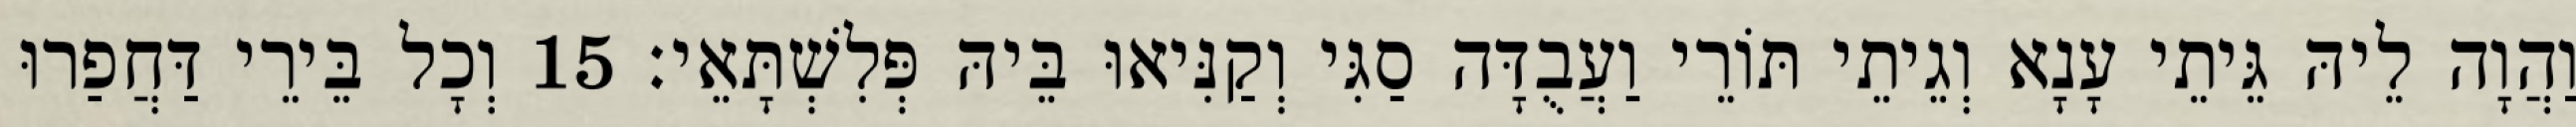
וַהֲוָה לֵיהּ גֵּיתֵי עָנָא וְגֵיתֵי תּוֹרֵי וַעֲבֻדָּה סַגִּי וְקַנִּיאוּ בֵּיהּ פְּלִשְׁתָּאֵי׃ 15 וְכָל בֵּירֵי דַּחֲפַרוּ